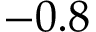
- 0 . 8